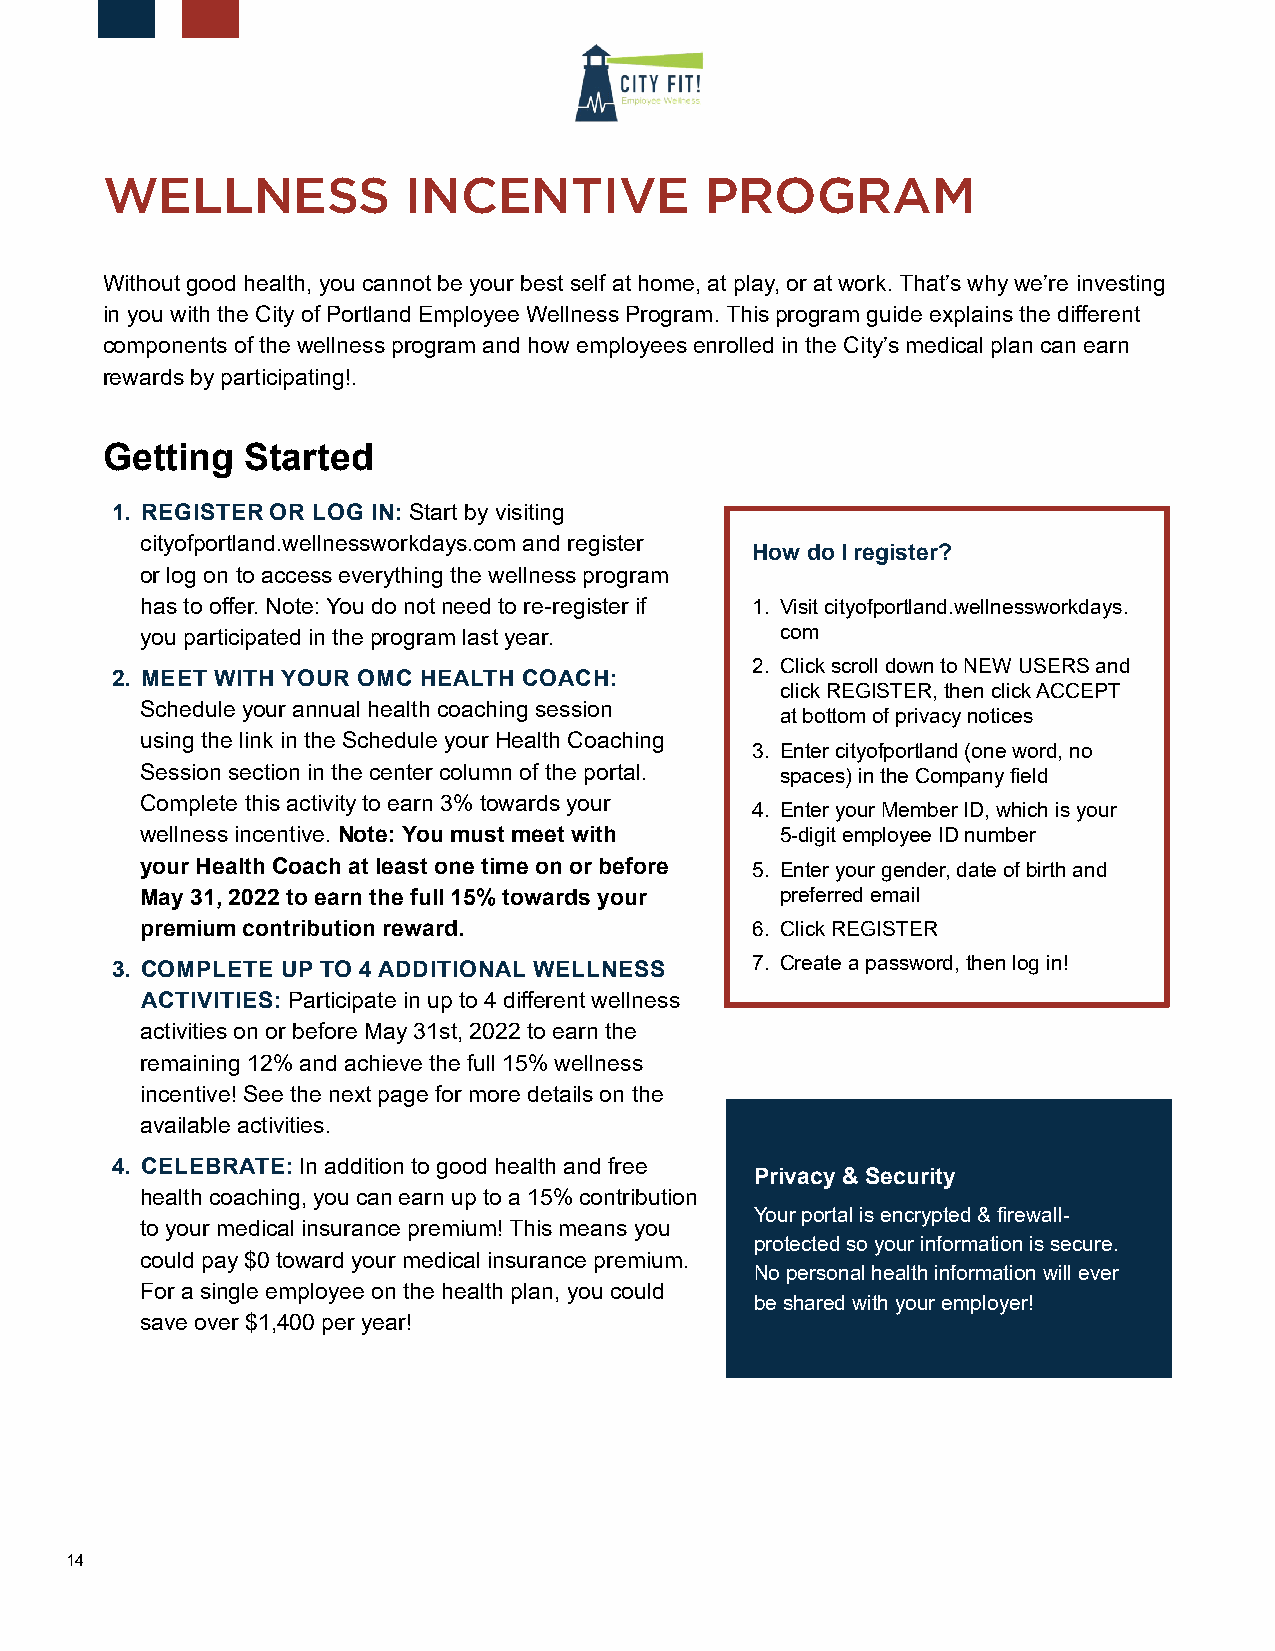
WELLNESS            INCENTIVE           PROGRAM
 Without good health, you cannot be your best self at home, at play, or at work. That’s why we’re investing
 in you with the City of Portland Employee Wellness Program. This program guide explains the different
 components of the wellness program and how employees enrolled in the City’s medical plan can earn
 rewards by participating!.
 Getting  Started
 1. REGISTER OR LOG IN: Start by visiting
 cityofportland.wellnessworkdays.com and register
 How do I register?
 or log on to access everything the wellness program
 has to offer. Note: You do not need to re-register if 1. Visit cityofportland.wellnessworkdays.
 you participated in the program last year. com
 2. Click scroll down to NEW USERS and
 2. MEET WITH YOUR OMC HEALTH COACH:
 click REGISTER, then click ACCEPT
 Schedule your annual health coaching session
 at bottom of privacy notices
 using the link in the Schedule your Health Coaching
 3. Enter cityofportland (one word, no
 Session section in the center column of the portal. spaces) in the Company field
 Complete this activity to earn 3% towards your
 4. Enter your Member ID, which is your
 wellness incentive. Note: You must meet with 5-digit employee ID number
 your Health Coach at least one time on or before 5. Enter your gender, date of birth and
 May 31, 2022 to earn the full 15% towards your preferred email
 premium contribution reward.             6. Click REGISTER
 3. COMPLETE UP TO 4 ADDITIONAL WELLNESS    7. Create a password, then log in!
 ACTIVITIES: Participate in up to 4 different wellness
 activities on or before May 31st, 2022 to earn the
 remaining 12% and achieve the full 15% wellness
 incentive! See the next page for more details on the
 available activities.
 4. CELEBRATE: In addition to good health and free
 Privacy & Security
 health coaching, you can earn up to a 15% contribution
 Your portal is encrypted & firewall-
 to your medical insurance premium! This means you
 protected so your information is secure.
 could pay $0 toward your medical insurance premium.
 No personal health information will ever
 For a single employee on the health plan, you could
 be shared with your employer!
 save over $1,400 per year!
 14